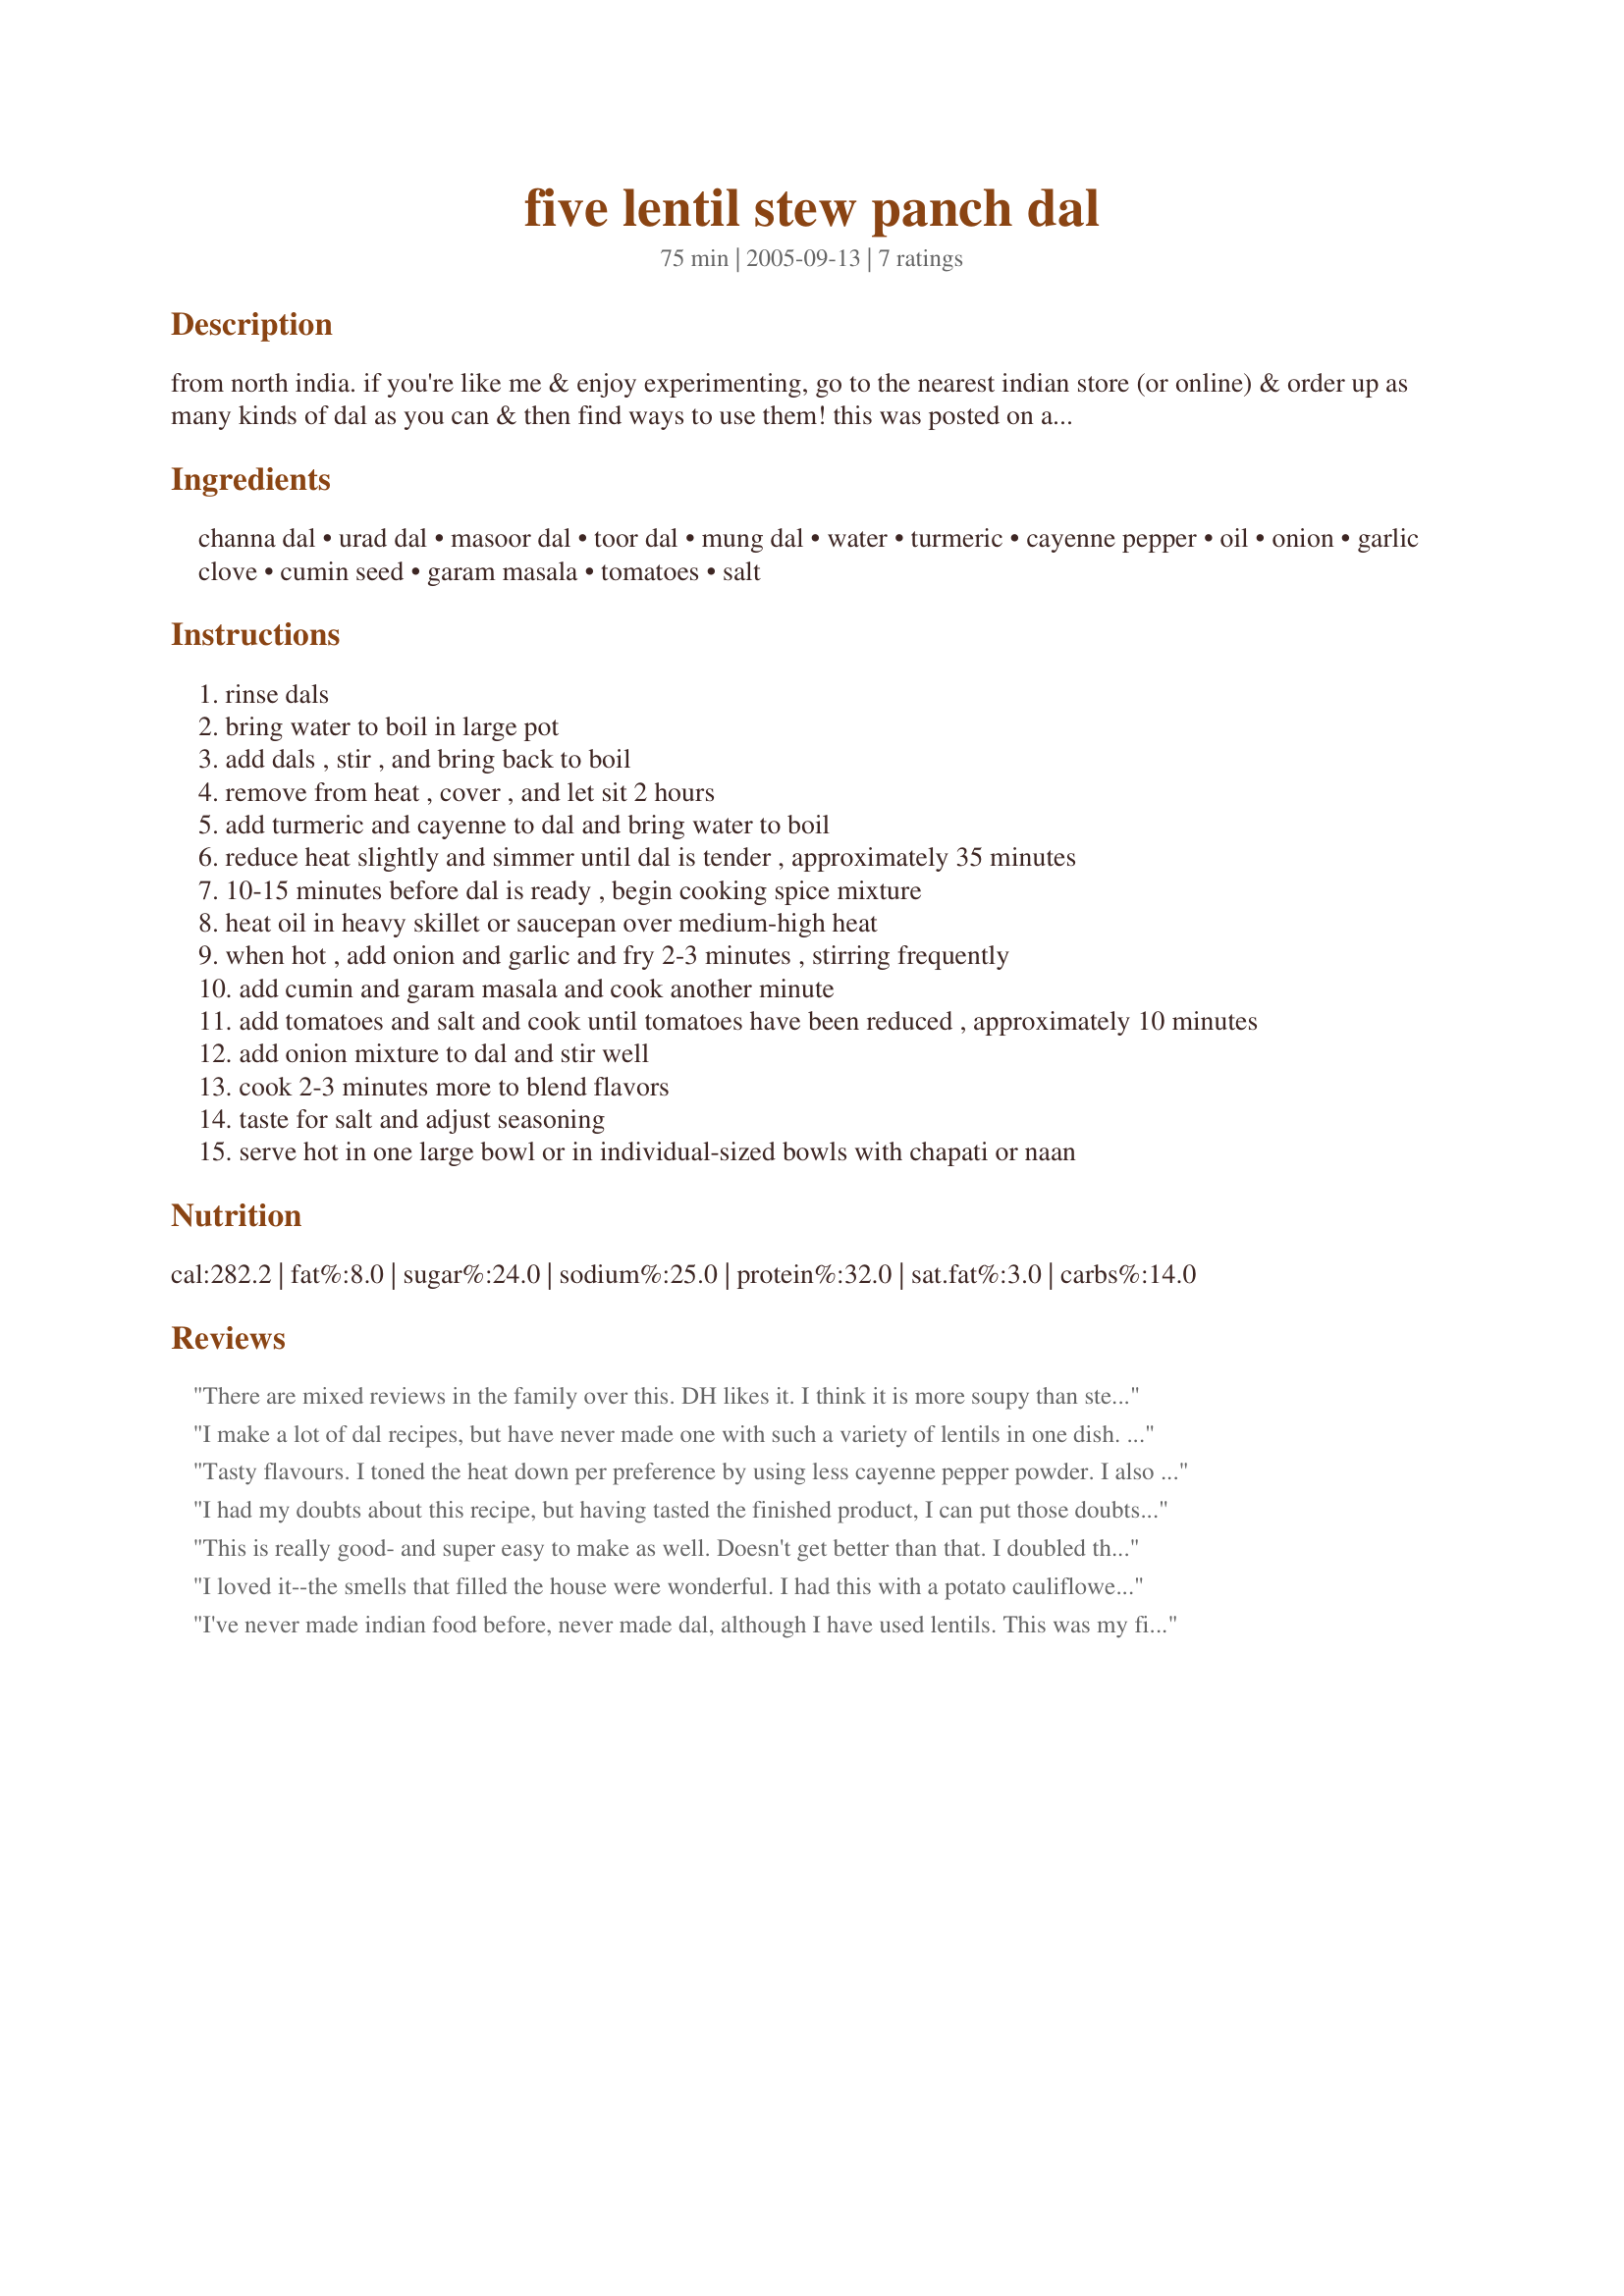
five lentil stew panch dal
Preparation time: 75 minutes

from north india. if you're like me & enjoy experimenting, go to the nearest indian store (or online) & order up as many kinds of dal as you can & then find ways to use them! this was posted on a vegetarian website & i like the recipe so i swiped it to share here. once you have the ingredients, it's a breeze to make! **the 2 hour soak time is not included in the cook time**

Ingredients:
channa dal, urad dal, masoor dal, toor dal, mung dal, water, turmeric, cayenne pepper, oil, onion, garlic clove, cumin seed, garam masala, tomatoes, salt

Steps:
rinse dals
bring water to boil in large pot
add dals , stir , and bring back to boil
remove from heat , cover , and let sit 2 hours
add turmeric and cayenne to dal and bring water to boil
reduce heat slightly and simmer until dal is tender , approximately 35 minutes
10-15 minutes before dal is ready , begin cooking spice mixture
heat oil in heavy skillet or saucepan over medium-high heat
when hot , add onion and garlic and fry 2-3 minutes , stirring frequently
add cumin and garam masala and cook another minute
add tomatoes and salt and cook until tomatoes have been reduced , approximately 10 minutes
add onion mixture to dal and stir well
cook 2-3 minutes more to blend flavors
taste for salt and adjust seasoning
serve hot in one large bowl or in individual-sized bowls with chapati or naan

Reviews:
There are mixed reviews in the family over this. DH likes it. I think it is more soupy than stew-like, and a little too spicy. That's a LOT of cayenne!
I make a lot of dal recipes, but have never made one with such a variety of lentils in one dish. This is really great! I knew that my lentils would be sitting nearly all day in water, so I didn't soak the masoor dal (red lentils) since they are such quick cookers. I also used wholo chana dal (chickpeas), wasn't sure if you meant the split sort or not. In any case, it worked out fine (they soaked for a good 6 hours). I always love that tomato/onion/spice mixture, could just eat that by itself it's so good. Once you added it to the big pot of lentils though, the spices got a little lost, so I doubled up on them (cumin & garam masala). If you like lentil curries, you'll like this!! Thanks Elmotoo! Made for Veg*n swap Dec09.
Tasty flavours. I toned the heat down per preference by using less cayenne pepper powder. I also used less water as some other reviewers even though I served this as a pretty thick soup. I discarded my soaking water and added some fresh water before cooking the pulses which I ended up soaking more than 2 hours after bringing to a boil. I used 1 less amount of dal as I only had 4 kinds on hand. I used whole chickpeas, mung beans, red lentils, & yellow split peas, butter instead of oil or ghee which I didn't have, for the flavour, ground cumin, recipe#279714, good quality canned plum tomatoes, sea salt, plus the rest of the ingredients. Made for VIP of the month in Veggie Swap 36 ~ July 2011.
I had my doubts about this recipe, but having tasted the finished product, I can put those doubts to rest. A very nice complex dish, where each ingredient contributes to the betterment of the whole. I was wondering if soaking for two hours was too long, or if I was using proper sized onion and tomatoes, but I think I made the right choices. I followed the recipe directions with regard to the soak, and used a white onion as well as two big beefsteak tomatoes. To be honest I could've eaten the onion/tomato mixture on its own, but combining it with the lentils was really good. For their small size, the taste of the lentils really cuts through the onion/tomato, which is as it should be. Recommended.
This is really good- and super easy to make as well. Doesn't get better than that. I doubled the recipe so that we'd have extra for lunches during the week. The only changes I made was to leave out the oil and use a non-stick pan along with some oil spray and added a bit more cayene. Thanks for posting, I will make this again for sure. Made for the Nov 08 veggie swap.
I loved it--the smells that filled the house were wonderful. I had this with a potato cauliflower curry -- a great meal.
I've never made indian food before, never made dal, although I have used lentils. This was my first endeavour into the world of indian food, and what a great recipe to choose for it! I found "mix dal" at my local asian store, and happlily, it had all of the required lentils, so I used 1 1/4 cups of this mix. I took magpie's advice, and doubled the tumeric and cayenne in the lentil mix, because when I tasted it after soaking and halfway through cooking, I couldn't really make out the spices very well. I also found that when the lentils were finished cooking, they were pretty soupy (and I know this is stew), but (don't laugh), I strained out some of the water, and was really pleased with the end result! In fact, when making again, I would start with 4 cups of water because I think I removed about a cup. The flavours are wonderful, and the good news is that I'll be continuing my journey into curry after this successful dish! Thanks, Elmotoo! Made for Veggie Swap 21.
